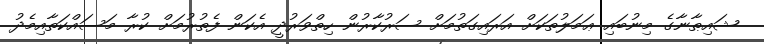
ޝައިޠާނާގެ މިނުބައި ޢަމަލުތަކަށް އަރައިގަތުމަށް ސަރުކާރުން ހިތްވަރުދީ އެކަން ފެތުރުމަށް ކުރާ މަސައްކަތާއިމެދު